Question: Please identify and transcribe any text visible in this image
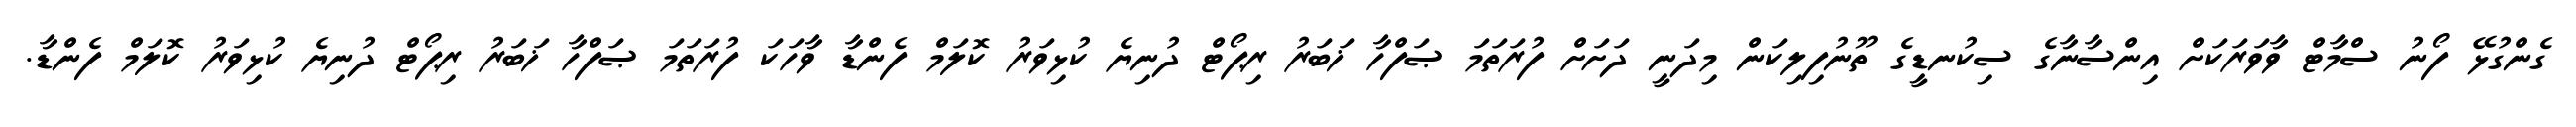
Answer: ގެންގުޅޭ ފޯނު ސްމާޓް ވާވަރަކަށް އިންސާނާގެ ސިކުނޑީގެ ތޫނުފިލިކަން މިދަނީ ދަށަށް ފުރަތަމަ ޞަފްހާ ޚަބަރު ރިޕޯޓް ދުނިޔެ ކުޅިވަރު ކޮލަމް ފެންޑާ ވާހަކަ ފުރަތަމަ ޞަފްހާ ޚަބަރު ރިޕޯޓް ދުނިޔެ ކުޅިވަރު ކޮލަމް ފެންޑާ.